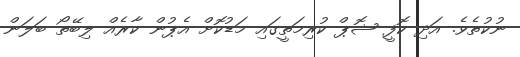
ނުކުތެވެ. އަދި ކޮފީ ޝޮޕް ކުރިމަތީގައި މަޑުކޮށް އެޕުން ކާރެއް ލިބޭތޯ ބަލަން